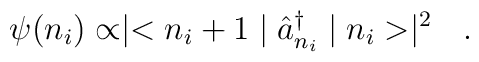
\psi (n_i) \propto \mid < n_i +1 \mid \hat{a}_{n_i}^{\dag} \mid n_i >\mid ^2 \ \ .